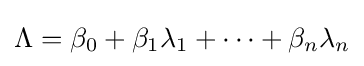
\Lambda =\beta _{0}+\beta _{1}\lambda _{1}+\cdots +\beta _{n}\lambda _{n}